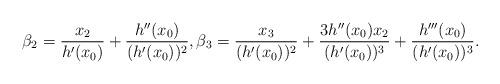
LaTeX: \begin{align*}\beta_2=\frac{x_2}{h'(x_0)}+\frac{h''(x_0)}{(h'(x_0))^2},\beta_3=\frac{x_3}{(h'(x_0))^2}+\frac{3h''(x_0)x_2}{(h'(x_0))^3}+\frac{h'''(x_0)}{(h'(x_0))^3}.\end{align*}